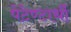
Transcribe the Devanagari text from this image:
पेटेण्टार्थी